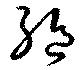
絶